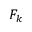
F _ { k }